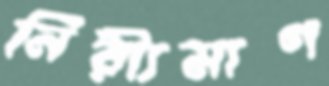
নিরী্যমাণ